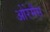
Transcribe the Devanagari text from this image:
ओरेमैंस